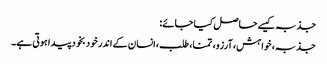
جذبہ کیسے حاصل کیا جائے:
جذبہ، خواہش، آرزو، تمنا، طلب، انسان کے اندر خود بخود پیدا ہوتی ہے۔